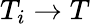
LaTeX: T_{i}\to T